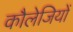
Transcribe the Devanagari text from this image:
कौलेजियों